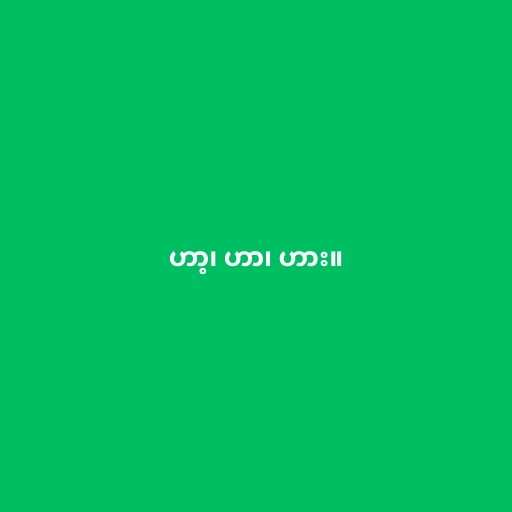
ဟာ့၊ ဟာ၊ ဟား။